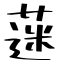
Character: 蒾